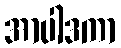
အာပါဒကာ